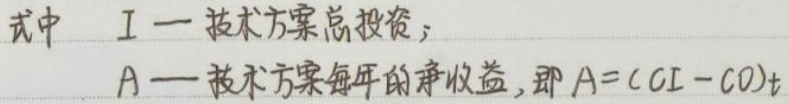
式中 $I$—技术方案总投资；
$A$—技术方案每年的净收益, 即 $A=(CI - CO)_t$